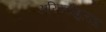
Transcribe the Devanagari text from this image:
अरिस्टोबुलस